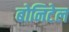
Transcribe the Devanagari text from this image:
बोनिटेल